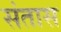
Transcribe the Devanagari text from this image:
संतास